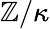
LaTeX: \mathbb{Z}/\kappa